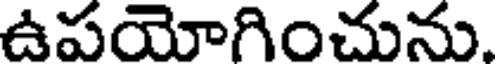
ఉపయోగించును.